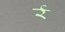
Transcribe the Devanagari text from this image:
र्र